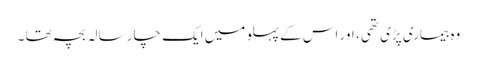
وہ بیماری پڑی تھی ، اور اس کے پہلو میں ایک چار سالہ بچہ تھا ۔